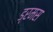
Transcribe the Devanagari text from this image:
ड्रमस